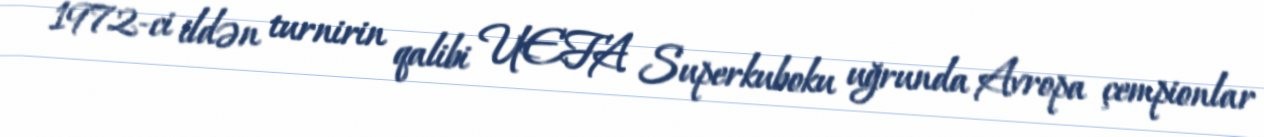
1972-ci ildən turnirin qalibi UEFA Superkuboku uğrunda Avropa çempionlar